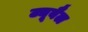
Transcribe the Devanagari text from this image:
ट्यूबैल